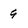
Character: 9